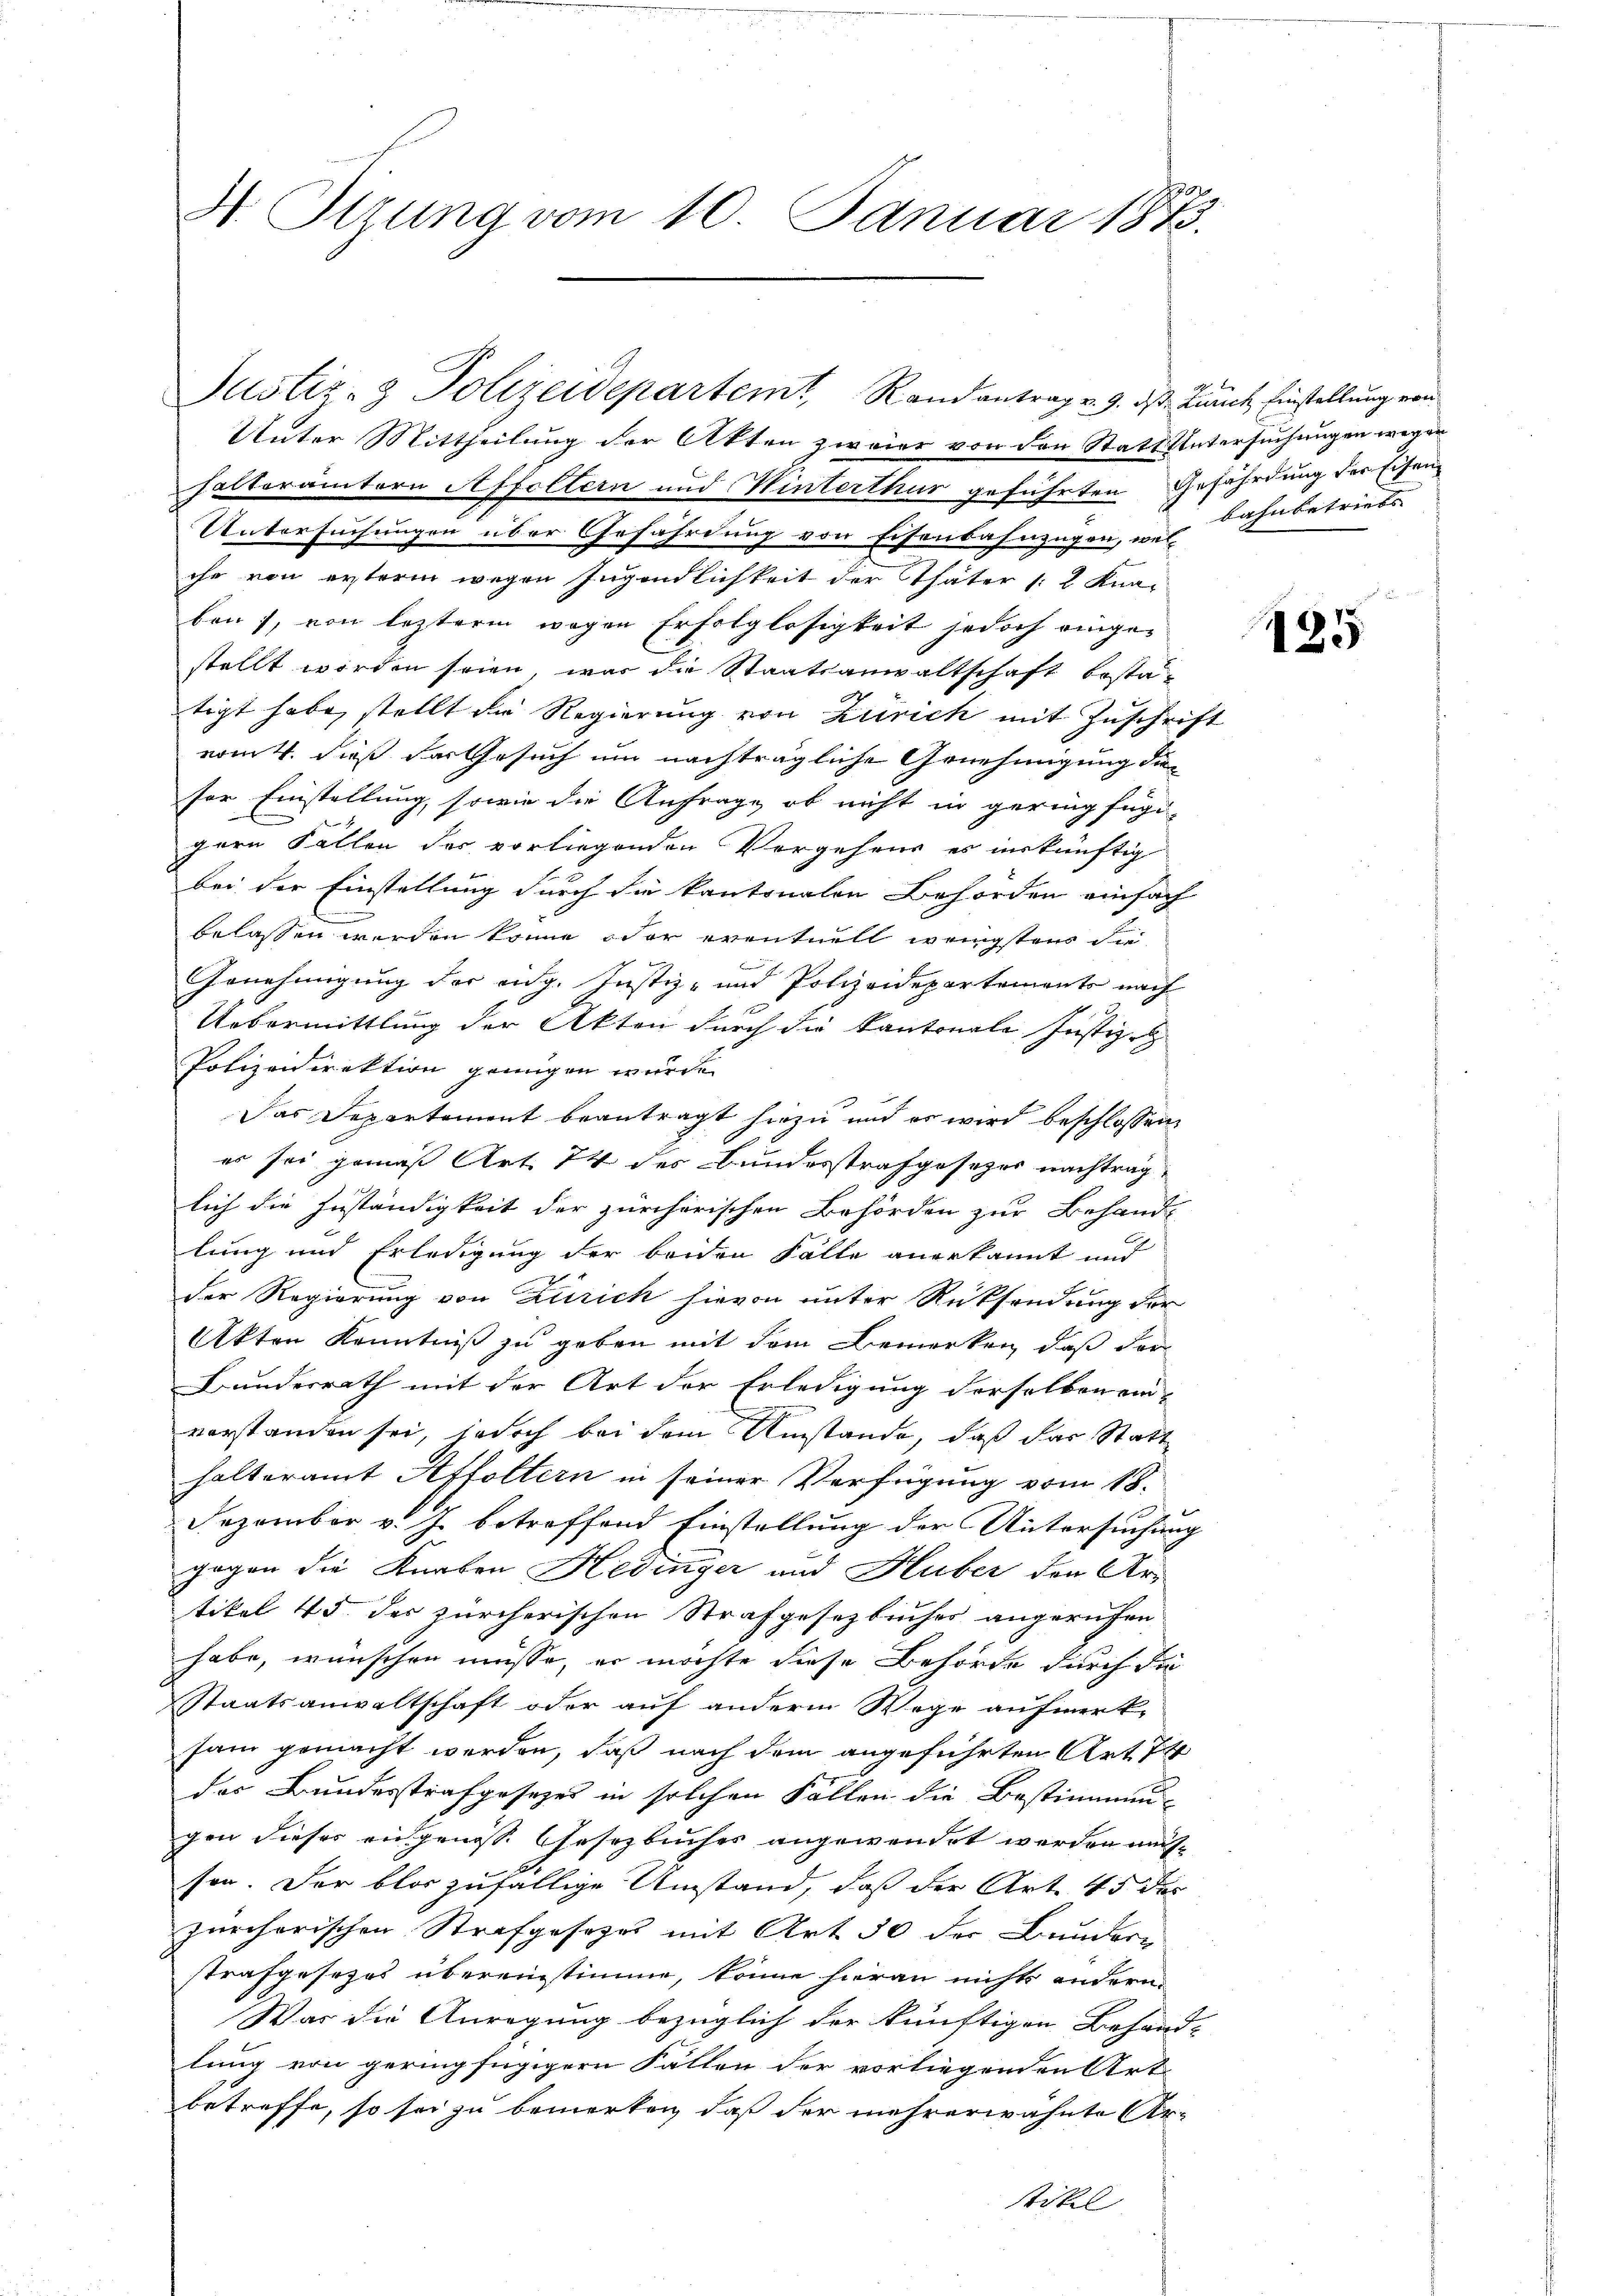
H. Ottung vom 10. Januar 1873.

Justiz- & Polizeidepartemt, Randantrag v. 9. ds. Zürich Einstellung von

Unter Mittheilung der Akten zweier von den Statt Untersuchungen wegen
halterämtern Affoltern und Winterthur geführten Gefährdung der Eisen
Untersuchungen über Gefährdung von Eisenbahnzügen, welihr von ersteren wegen Jugendlichkeit der Thäter 12 Knaben), von leztere wegen Erfolglosigkeit jedoch ringer
stellt worden seien, was die Staatsanwaltschaft bestätigt habe, stellt die Regierung von Zürich mit Zuschrift
vom 4. dieß der Gesuch um nachträgliche Genehmigung diefor Einstellung, sowie die Anfrage, ob nicht in geringfügi-
gern Fällen der vorliegenden Vorgehens es inskünftig
bei der Einstellung durch die kantonalen Behörden einfach
belassen werden könne, oder eventuell wenigstens die
Genehmigung der eidg. Justiz- und Polizeidepartements nach
x
Uebermittlung der Akten durch die Kantonale Justiz-
Polizeidirektion genügen wurde.
Das Departement beantragt hiezu und es wird beschlossen:
es sei gemäß Art. 74 des Bundesstrafgesezes nachtrag
lich die Zuständigkeit der zürcherischen Behörden zur Behand-
E
lung und Erledigung der beiden Fälle anerkannt und
der Regierung von Zürich hievon unter Rücksendung der
Akten Kenntniß zu geben mit dem Bemerken, daß der
Bundesrath mit der Art der Erledigung derselben ein-
vorstanden sei, jedoch bei dem Umstände, daß das Statthalteramt Affoltern in seiner Verfügung vom 18.
Dezember v. J. betreffend Einstellung der Untersuchung
gogen die Karten Hedinger und Huber den Artikel 45. der zürcherischen Strafgesetzbucher angerufen
habe, wünschen müsse, er möchte diese Behörde durch di
Staatsanwaltschaft oder auf anderm Wege aufmerk-
sam gemacht werden, daß nach dem angeführten Art. 74
des Bundesstrafgesetzes in solchen Fällen die Bestimmen-
gen dieses aufgenosse Gesetzbuches angewendet werden müssen. Der blos zufällige Umstand, daß der Art. 45 des
zürcherischen Strafgesezes mit Art 30 der Bundere
strafgesezes übereinstimme, könne hieran nichts andern
War die Anregung bezüglich der künftigen Behand-
lung von geringfügigern Fällen der vorliegenden Art
betreffe, so sei zu bemerken, daß der mehrerwähnte Artikel

bahnbetriebs

125